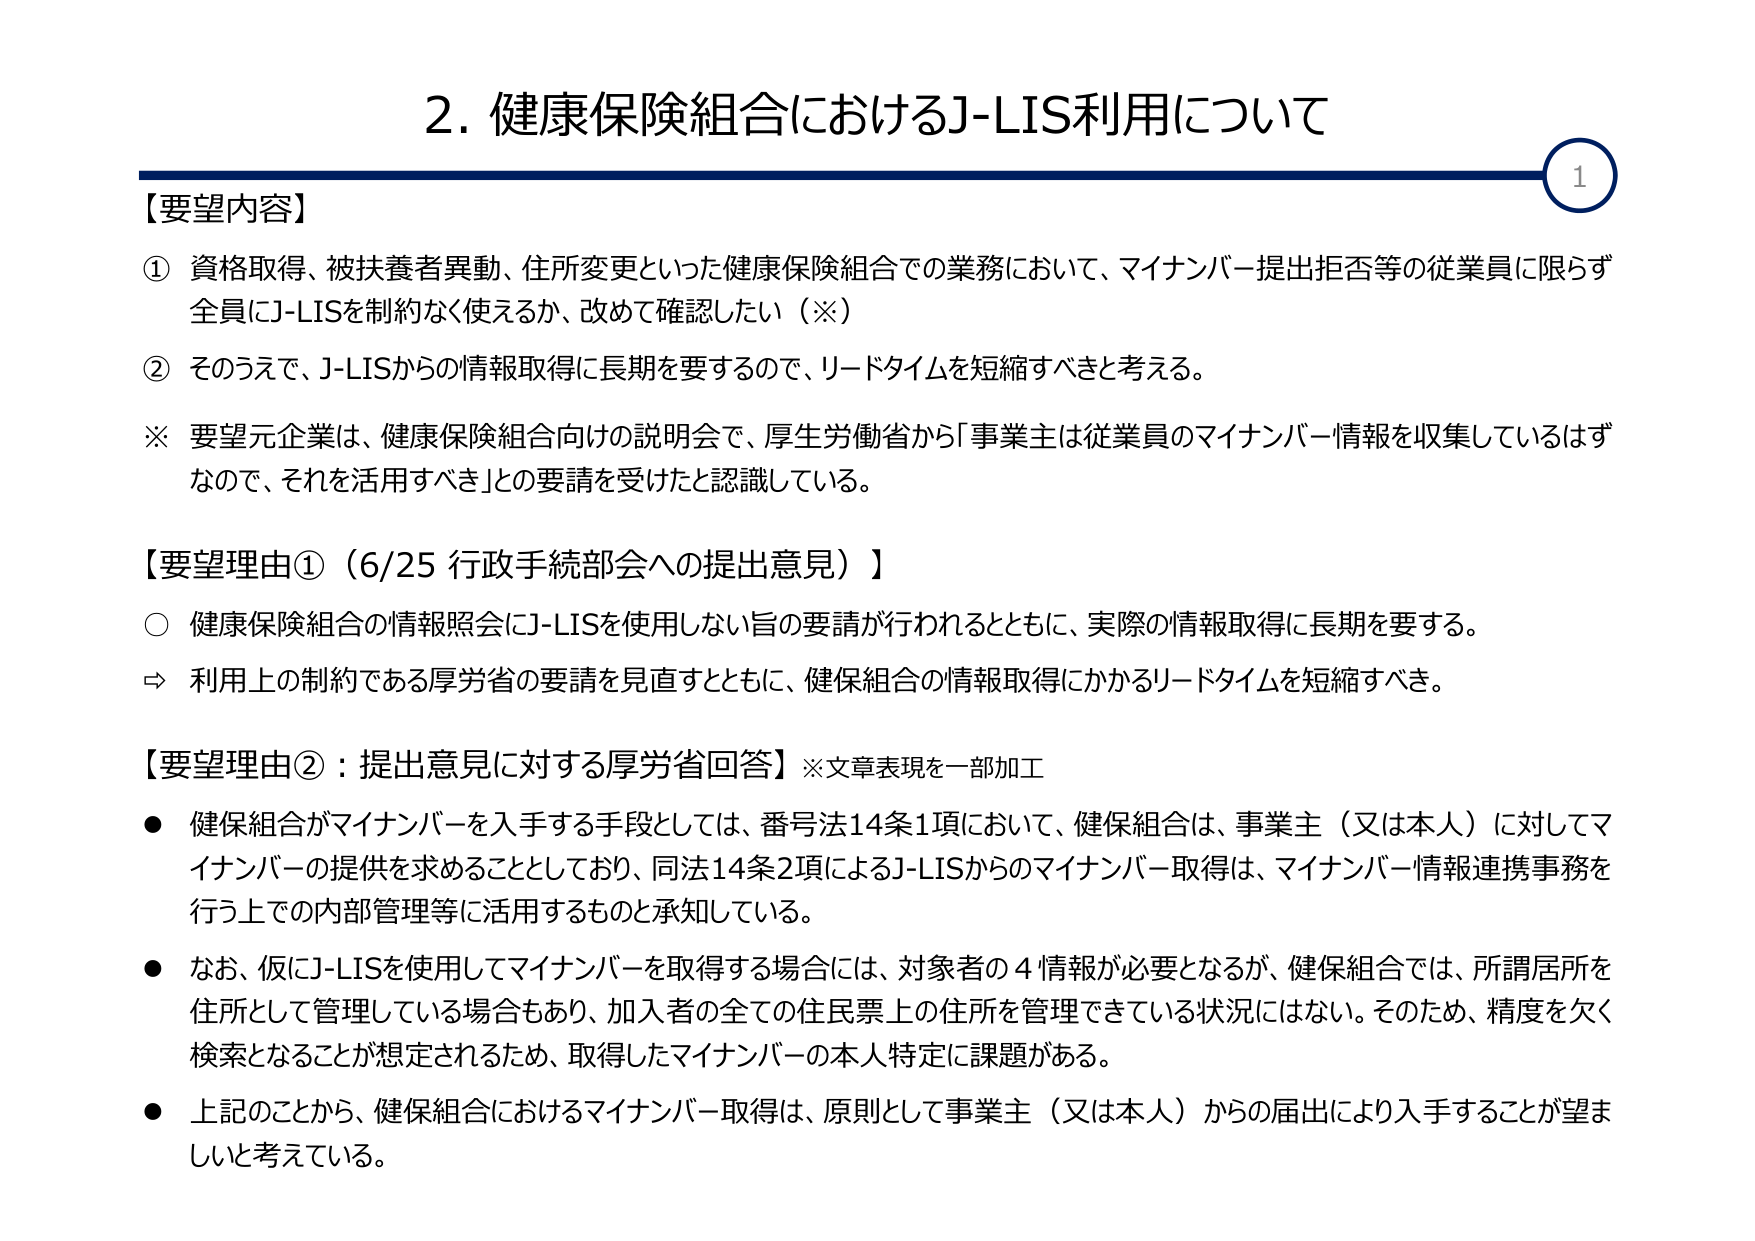
2. 健康保険組合におけるJ-LIS利用について

【要望内容】
① 資格取得、被扶養者異動、住所変更といった健康保険組合での業務において、マイナンバー提出拒否等の従業員に限らず全員にJ-LISを制約なく使えるか、改めて確認したい（※）
② そのうえで、J-LISからの情報取得に長期を要するので、リードタイムを短縮すべきと考える。
※ 要望元企業は、健康保険組合向けの説明会で、厚生労働省から「事業主は従業員のマイナンバー情報を収集しているはずなので、それを活用すべき」との要請を受けたと認識している。

【要望理由①（6/25 行政手続部会への提出意見）】
○ 健康保険組合の情報照会にJ-LISを使用しない旨の要請が行われるとともに、実際の情報取得に長期を要する。
⇨ 利用上の制約である厚労省の要請を見直すとともに、健保組合の情報取得にかかるリードタイムを短縮すべき。

【要望理由②：提出意見に対する厚労省回答】※文章表現を一部加工
● 健保組合がマイナンバーを入手する手段としては、番号法14条1項において、健保組合は、事業主（又は本人）に対してマイナンバーの提供を求めることとしており、同法14条2項によるJ-LISからのマイナンバー取得は、マイナンバー情報連携事務を行う上での内部管理等に活用するものと承知している。
● なお、仮にJ-LISを使用してマイナンバーを取得する場合には、対象者の4情報が必要となるが、健保組合では、所謂居所を住所として管理している場合もあり、加入者の全ての住民票上の住所を管理できている状況にはない。そのため、精度を欠く検索となることが想定されるため、取得したマイナンバーの本人特定に課題がある。
● 上記のことから、健保組合におけるマイナンバー取得は、原則として事業主（又は本人）からの届出により入手することが望ましいと考えている。